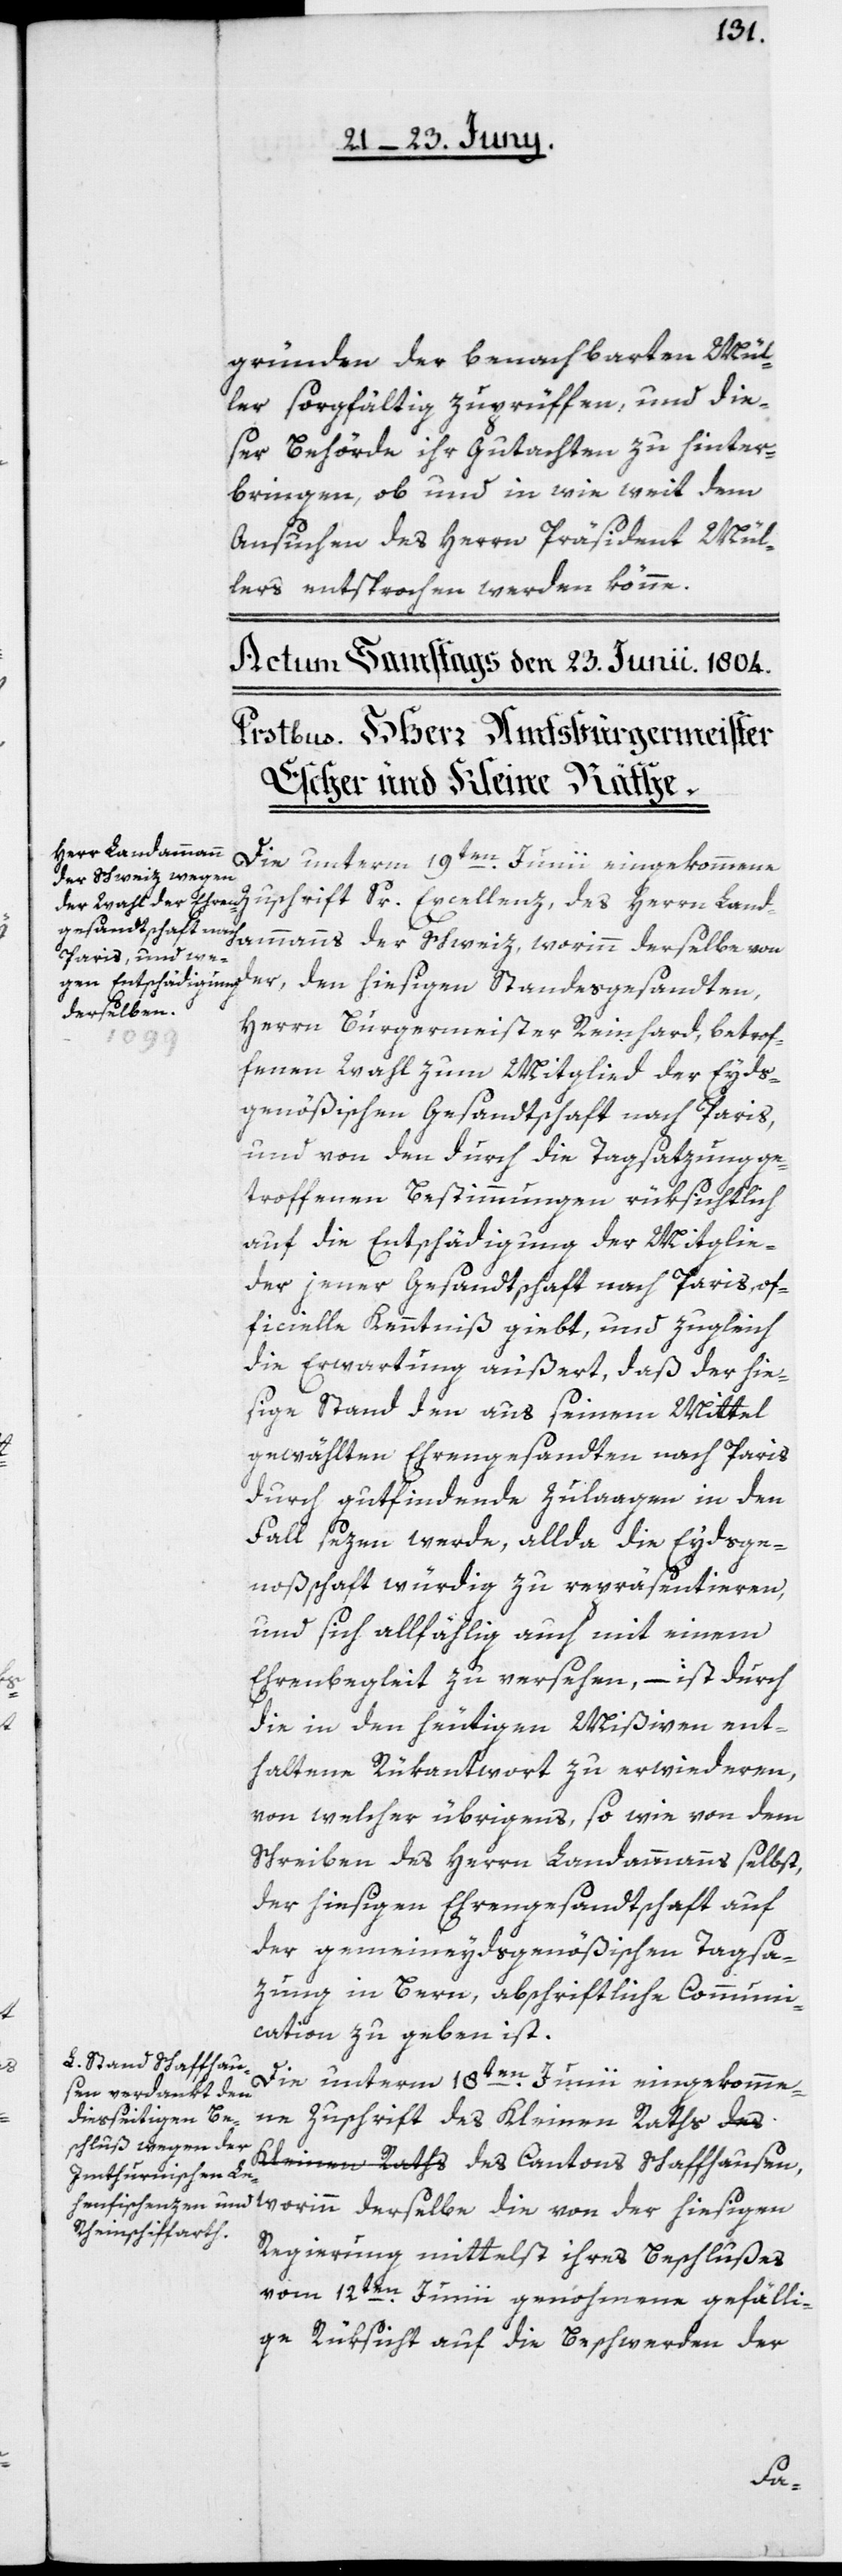
gründen der benachbarten Mül¬
ler sorgfältig zu prüffen, und die¬
ser Behörde ihr Gutachten zu hinter¬
bringen, ob und in wie weit dem
Ansuchen des Herrn Präsident Mül¬
lers entsprochen werden könne.
Die unterm 18ten Junii eingekommene
Zuschrift Sr. Excellenz, des Herrn Land¬
ammanns der Schweiz, worinn derselbe von
der, den hiesigen Standesgesandten,
derselbe die
Herrn Burgermeister Reinhard, betrof¬
fenen Wahl zum Mitglied der Eyds¬
genößischen Gesandtschaft nach Paris,
und von den durch die Tagsatzung ge¬
troffenen Bestimmungen rüksichtlich
auf die Entschädigung der Mitglie¬
der jener Gesandtschaft nach Paris, of¬
ficielle Kenntniß giebt, und zugleich
die Erwartung äußert, daß der hie¬
sige Stand den aus seinem Mittel
gewählten Ehrengesandten nach Paris
durch gutfindende Zulaagen in den
Fall sezen werde, allda die Eydsge¬
noßenschaft würdig zu repräsentieren,
und sich allfählig auch mit einem
Ehrenbegleit zu versehen, – ist durch
die in den heutigen Mißiven ent¬
haltene Rükantwort zu erwiederen,
von welcher übrigens, so wie von dem
Schreiben des Herrn Landammanns selbst,
der hiesigen Ehrengesandtschaft auf
der gemeineydsgenößischen Tagsa¬
zung in Bern, abschriftliche Communi¬
cation zu geben ist.
Kleinen Raths des Cantons Schaffhausen,
Regierung mittelst ihres Beschlußes
vom 12ten Junii genohmene gefälli¬
ge Rüksicht auf die Beschwerden der